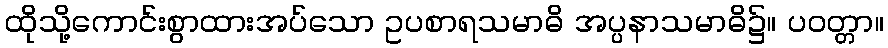
ထိုသို့ကောင်းစွာထားအပ်သော ဥပစာရသမာဓိ အပ္ပနာသမာဓိ၌။ ပဝတ္တာ။